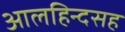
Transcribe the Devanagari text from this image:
आलहिन्दसह